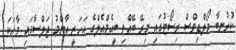
ކުރުނބާ މޯލްޑިވްސް ރިސޯޓުގައި މިރޭ ބޭއްވި ބީއެމްއެލްގެ އަހަރީ އާންމު ޖަލްސާގައި ވާހަކަ